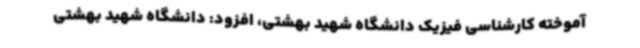
آموخته کارشناسی فیزیک دانشگاه شهید بهشتی، افزود: دانشگاه شهید بهشتی